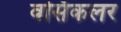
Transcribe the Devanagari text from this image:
वर्सिकलर